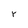
Character: r